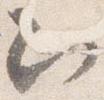
次